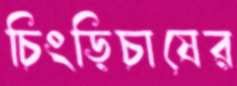
চিংড়িচাষের